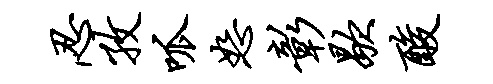
忍孜呱恕彰歇酸